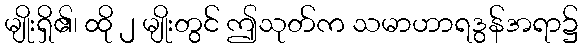
မျိုးရှိ၏၊ ထို ၂ မျိုးတွင် ဤသုတ်က သမာဟာရဒွန်အရာ၌